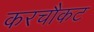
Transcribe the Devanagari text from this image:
करचौकट